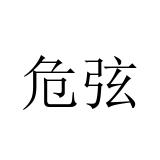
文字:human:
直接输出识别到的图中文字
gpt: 危弦